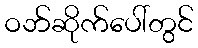
ဝဘ်ဆိုက်ပေါ်တွင်